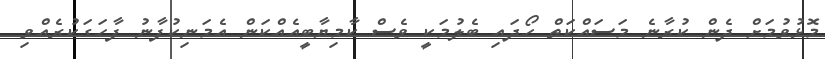
މޮޅުވުމަށް ދެން ކުރާނެ މަސައްކަތް ހޯދައި ބެލުމަކީ ވެސް ކާމިޔާބީއެއްކަން އެމަނިކުފާނު ފާހަގަކުރެއްވި